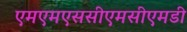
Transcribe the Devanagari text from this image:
एमएमएससीएमसीएमडी